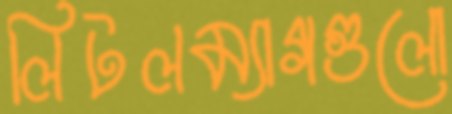
লিটলম্যাগগুলো